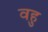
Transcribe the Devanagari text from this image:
वहु